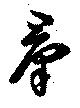
羣